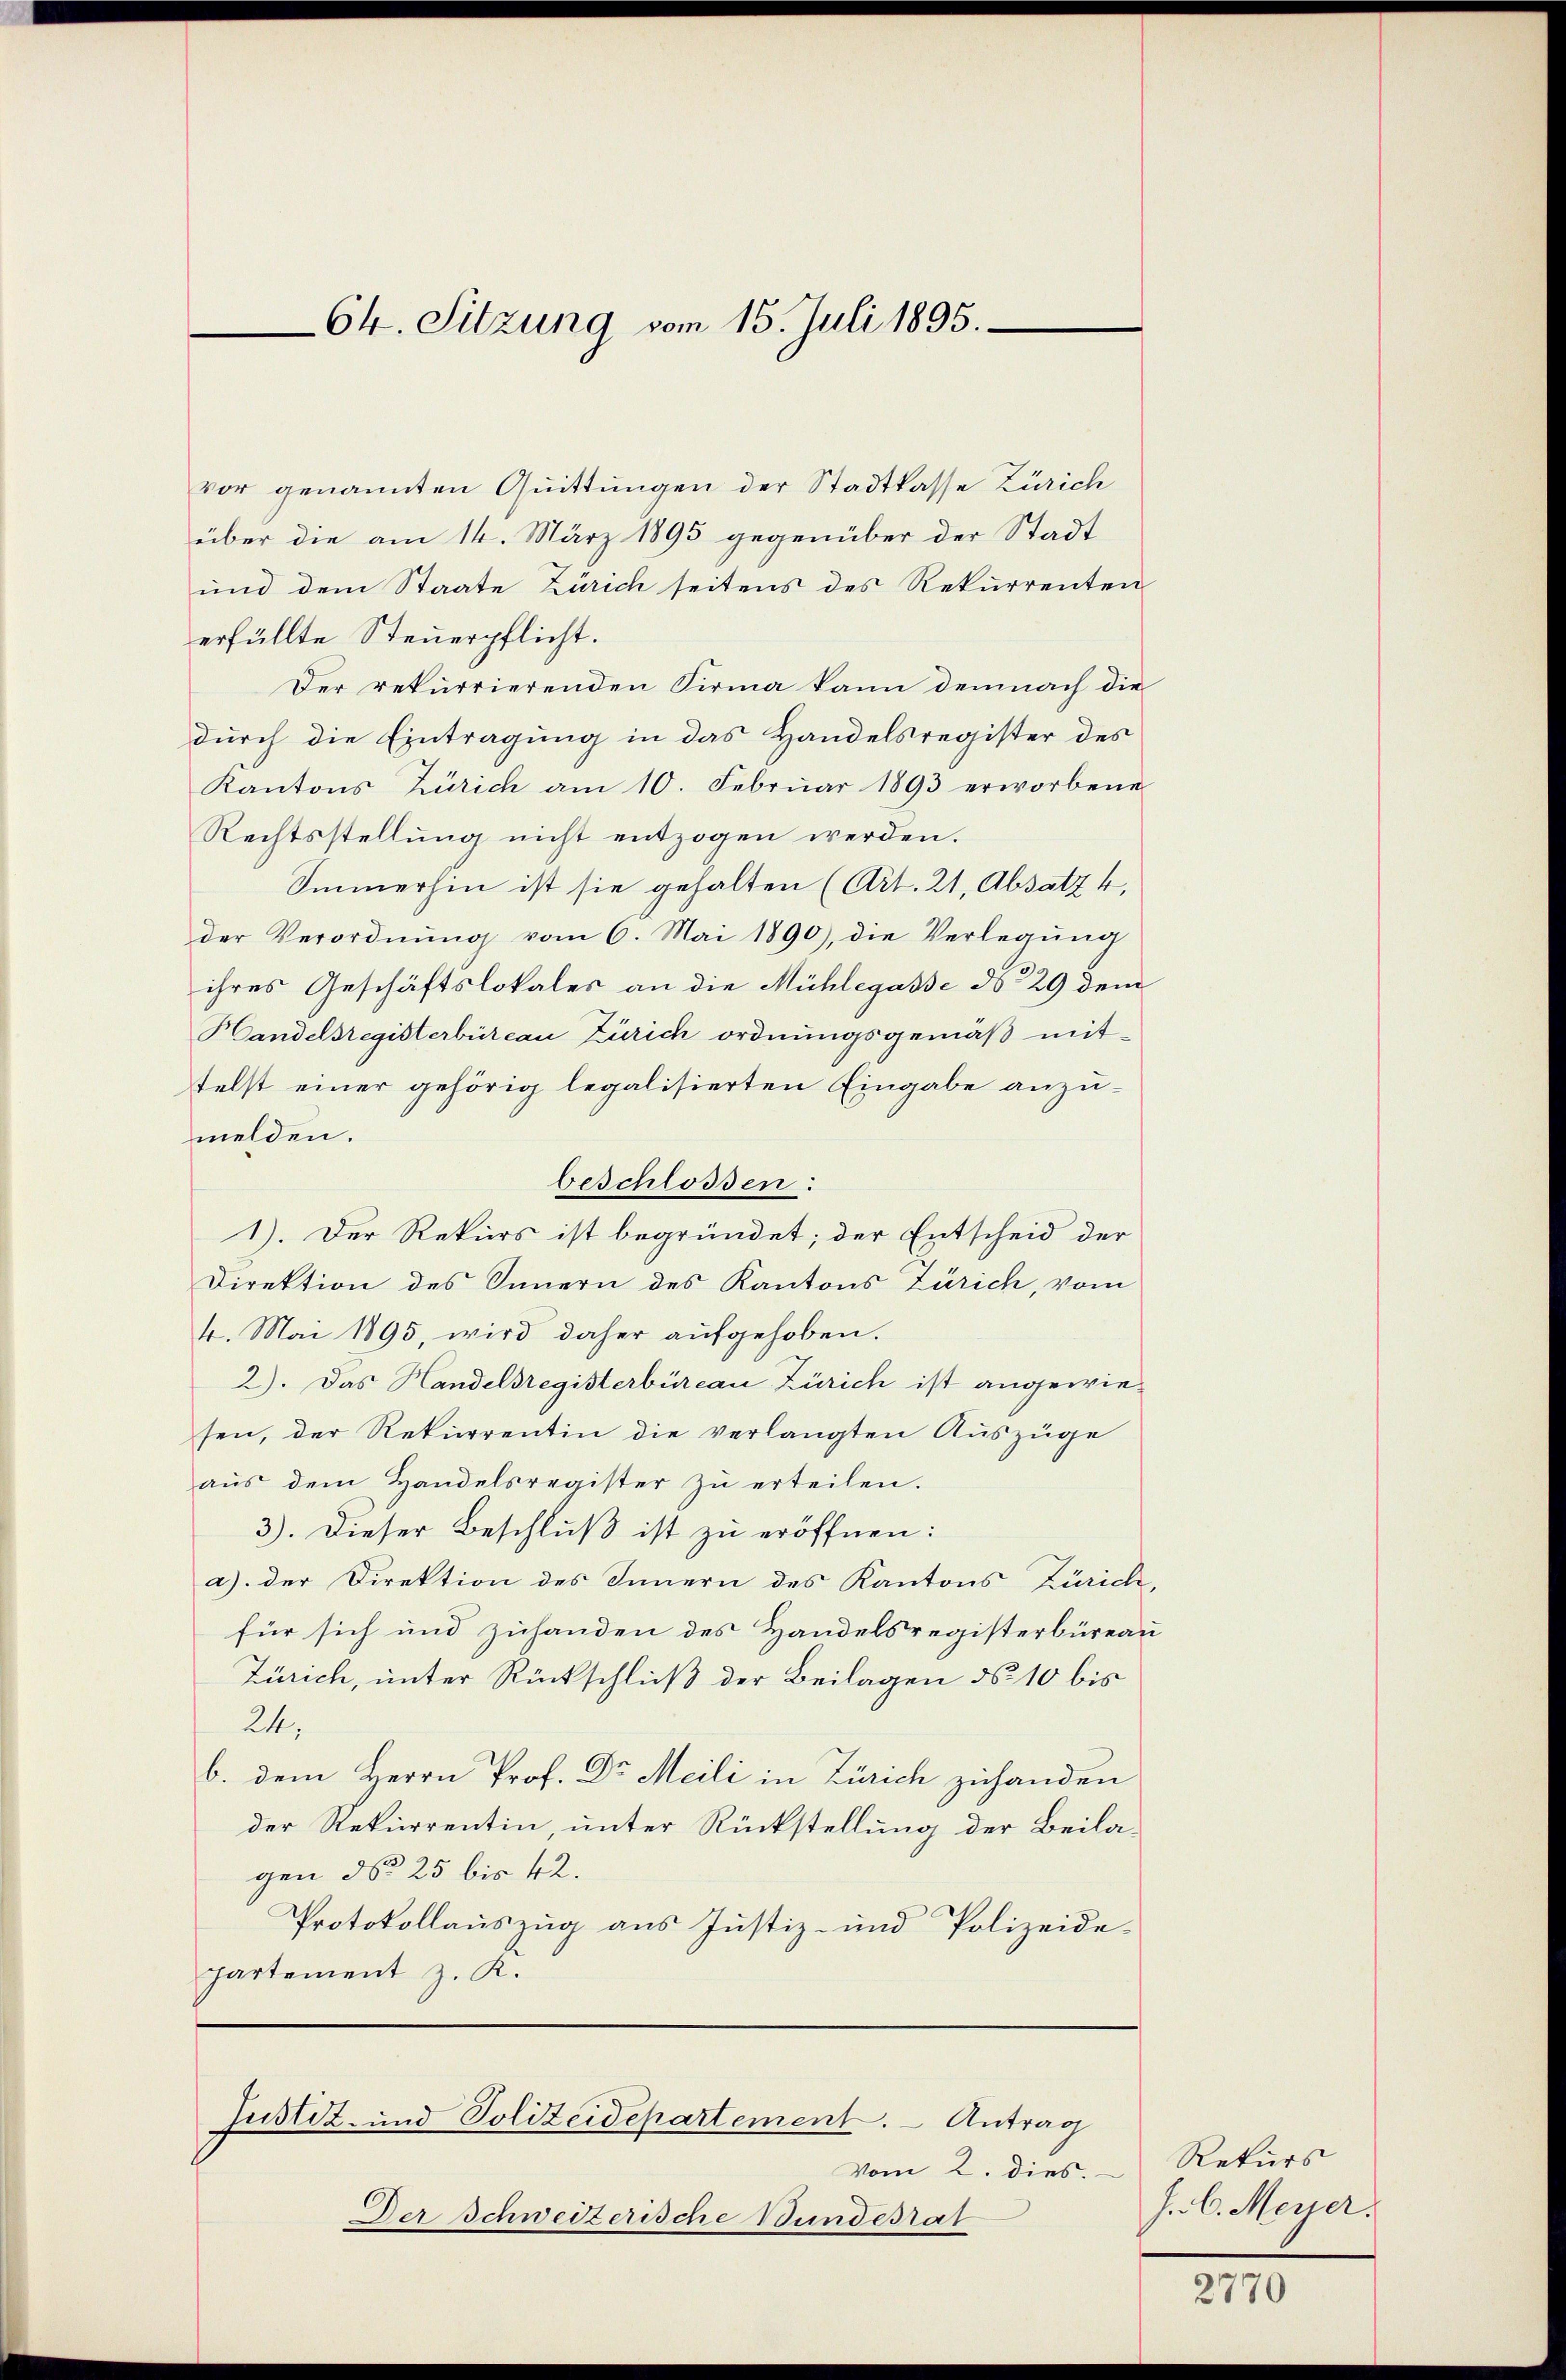
Ch. Sitzung vom 15. Juli 1895.

beschlossen:

vor genannten Quittungen der Stadtkasse Zürich
über die am 14. März 1895 gegenüber der Stadt
und dem Staate Zürich seitens des Rekurrenten
erfüllte Steuerpflicht.
Der rekurrierenden Firma kann demnach die
durch die Eintragung in das Handelsregister des
Kantons Zürich am 10. Febrŭar 1893 erworbene
Rechtsstellung nicht entzogen werden.
Immerhin ist sie gehalten (Art. 21, Absatz 4.
der Verordnŭng vom 6. Mai 1890), die Verlegŭng
ihres Geschäftslokales an die Mühlegasse ds 29 dem
Handelsregisterbüreau Zürich ordnungsgemäß mit-
telst einer gehörig legalisierten Eingabe anzumelden.
1). Der Rekurs ist begründet; der Entscheid der
Direktion des Innern des Kantons Zürich, vom
4. Mai 1895, wird daher aufgehoben.
2). Das Handelsregisterbüreau Zürich ist angewiesen, der Rekurrentin die verlangten Auszüge
aŭs dem Handelsregister zŭ erteilen.
3). Dieser Beschluß ist zu eröffnen:
a) der Direktion des Innern des Kantons Zürich,
für sich und zuhanden des Handelsregisterbüreau
Zürich, unter Rückschluß der Beilagen No 10 bis
24,
b. dem Herrn Prof. Dr Meili in Zürich zuhanden
der Rekurrentin, unter Rückstellung der Beilagen No 25 bis 42.
Protokollauszug aus Justiz- und Polizeide-
partement z. R.

Vom 2. dies.
Der Schweizerische Bundesrat

Justiz- und Polizeidepartement. - Antrag

Rekurs
J. C. Meyer.

2770